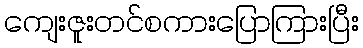
ကျေးဇူးတင်စကားပြောကြားပြီး